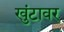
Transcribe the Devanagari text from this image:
खुंटावर